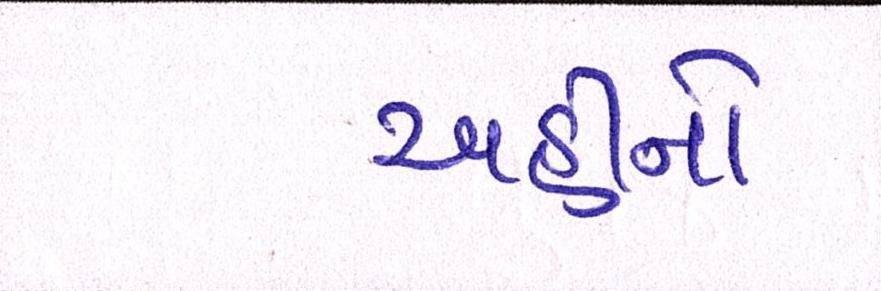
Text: અહીંનો